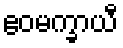
ဧဝမက္ခာယီ